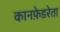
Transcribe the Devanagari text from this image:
कानफ़ेडरेता